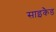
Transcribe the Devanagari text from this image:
साइकैड